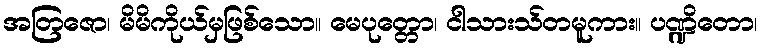
အတြဇော၊ မိမိကိုယ်မှဖြစ်သော။ မေပုတ္တော၊ ငါသားသ်တမူကား။ ပဏ္ဍိတော၊